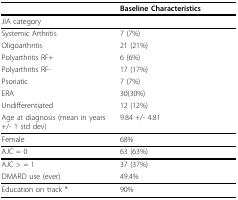
<table><thead><tr><td></td><td><b>Baseline Characteristics</b></td></tr></thead><tbody><tr><td>JIA category</td><td></td></tr><tr><td>Systemic Arthritis</td><td>7 (7%)</td></tr><tr><td>Oligoarthritis</td><td>21 (21%)</td></tr><tr><td>Polyarthritis RF+</td><td>6 (6%)</td></tr><tr><td>Polyarthritis RF-</td><td>17 (17%)</td></tr><tr><td>Psoriatic</td><td>7 (7%)</td></tr><tr><td>ERA</td><td>30(30%)</td></tr><tr><td>Undifferentiated</td><td>12 (12%)</td></tr><tr><td>Age at diagnosis (mean in years +/- 1 std dev)</td><td>9.84 +/- 4.81</td></tr><tr><td>Female</td><td>68%</td></tr><tr><td>AJC = 0</td><td>63 (63%)</td></tr><tr><td>AJC &gt; = 1</td><td>37 (37%)</td></tr><tr><td>DMARD use (ever)</td><td>49.4%</td></tr><tr><td>Education on track *</td><td>90%</td></tr></tbody></table>